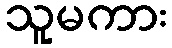
သူမကား